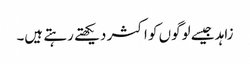
زاہد جیسے لوگوں کو اکثر دیکھتے رہتے ہیں۔